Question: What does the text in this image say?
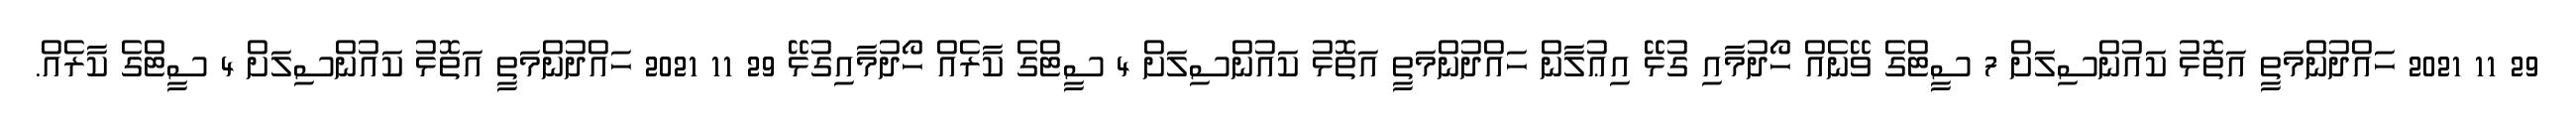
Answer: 29 11 2021 ހައްދުންމަތީ އަތޮޅު ކައުންސިލަށް 7 ސީޓްގެ ވޭނެއް ހޯދުމާއި ގުޅޭ އިޢުލާން ހައްދުންމަތީ އަތޮޅު ކައުންސިލަށް 4 ސީޓްގެ ކާރެއް ހޯދުމާއިގުޅޭ 29 11 2021 ހައްދުންމަތީ އަތޮޅު ކައުންސިލަށް 4 ސީޓްގެ ކާރެއް.